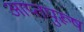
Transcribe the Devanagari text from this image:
आप्तपुरूष